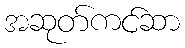
အဆုတ်ကင်ဆာ